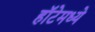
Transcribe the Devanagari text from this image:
हॉटेमध्ये